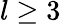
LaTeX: l\ge 3